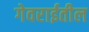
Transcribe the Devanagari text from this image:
गेवराईतील